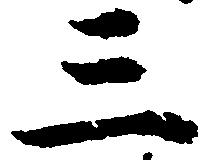
三